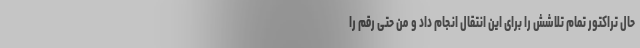
حال تراکتور تمام تلاشش را برای این انتقال انجام داد و من حتی رقم را